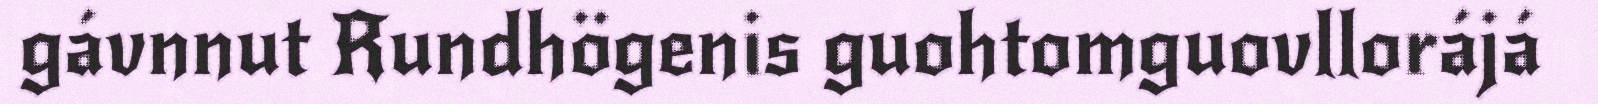
gávnnut Rundhögenis guohtomguovllorájá